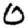
Digit: 0